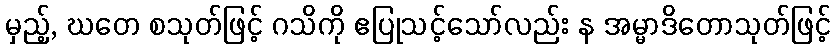
မှည့်, ဃတေ စသုတ်ဖြင့် ဂသိကို ဧပြုသင့်သော်လည်း န အမ္မာဒိတောသုတ်ဖြင့်